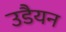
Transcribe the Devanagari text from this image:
उडैयन